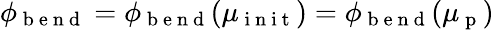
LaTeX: \phi_{\mathrm{~b~e~n~d~}}=\phi_{\mathrm{~b~e~n~d~}}(\mu_{\mathrm{~i~n~i~t~}})=\phi_{\mathrm{~b~e~n~d~}}(\mu_{\mathrm{~p~}})